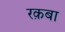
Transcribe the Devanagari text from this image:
रक़बा